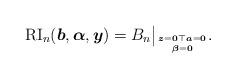
LaTeX: \begin{gather*}{\rm RI}_n({\boldsymbol{b}},{\boldsymbol{\alpha}},{\boldsymbol{y}})= B_n \big |_{{\boldsymbol{z}}={\bf 0} {\top {\boldsymbol{a}}={\bf 0}}\atop{\boldsymbol{\beta}}={\bf 0}}.\end{gather*}